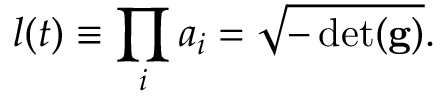
l ( t ) \equiv \prod _ { i } a _ { i } = \sqrt { - \operatorname* { d e t } ( \mathbf { g } ) } .